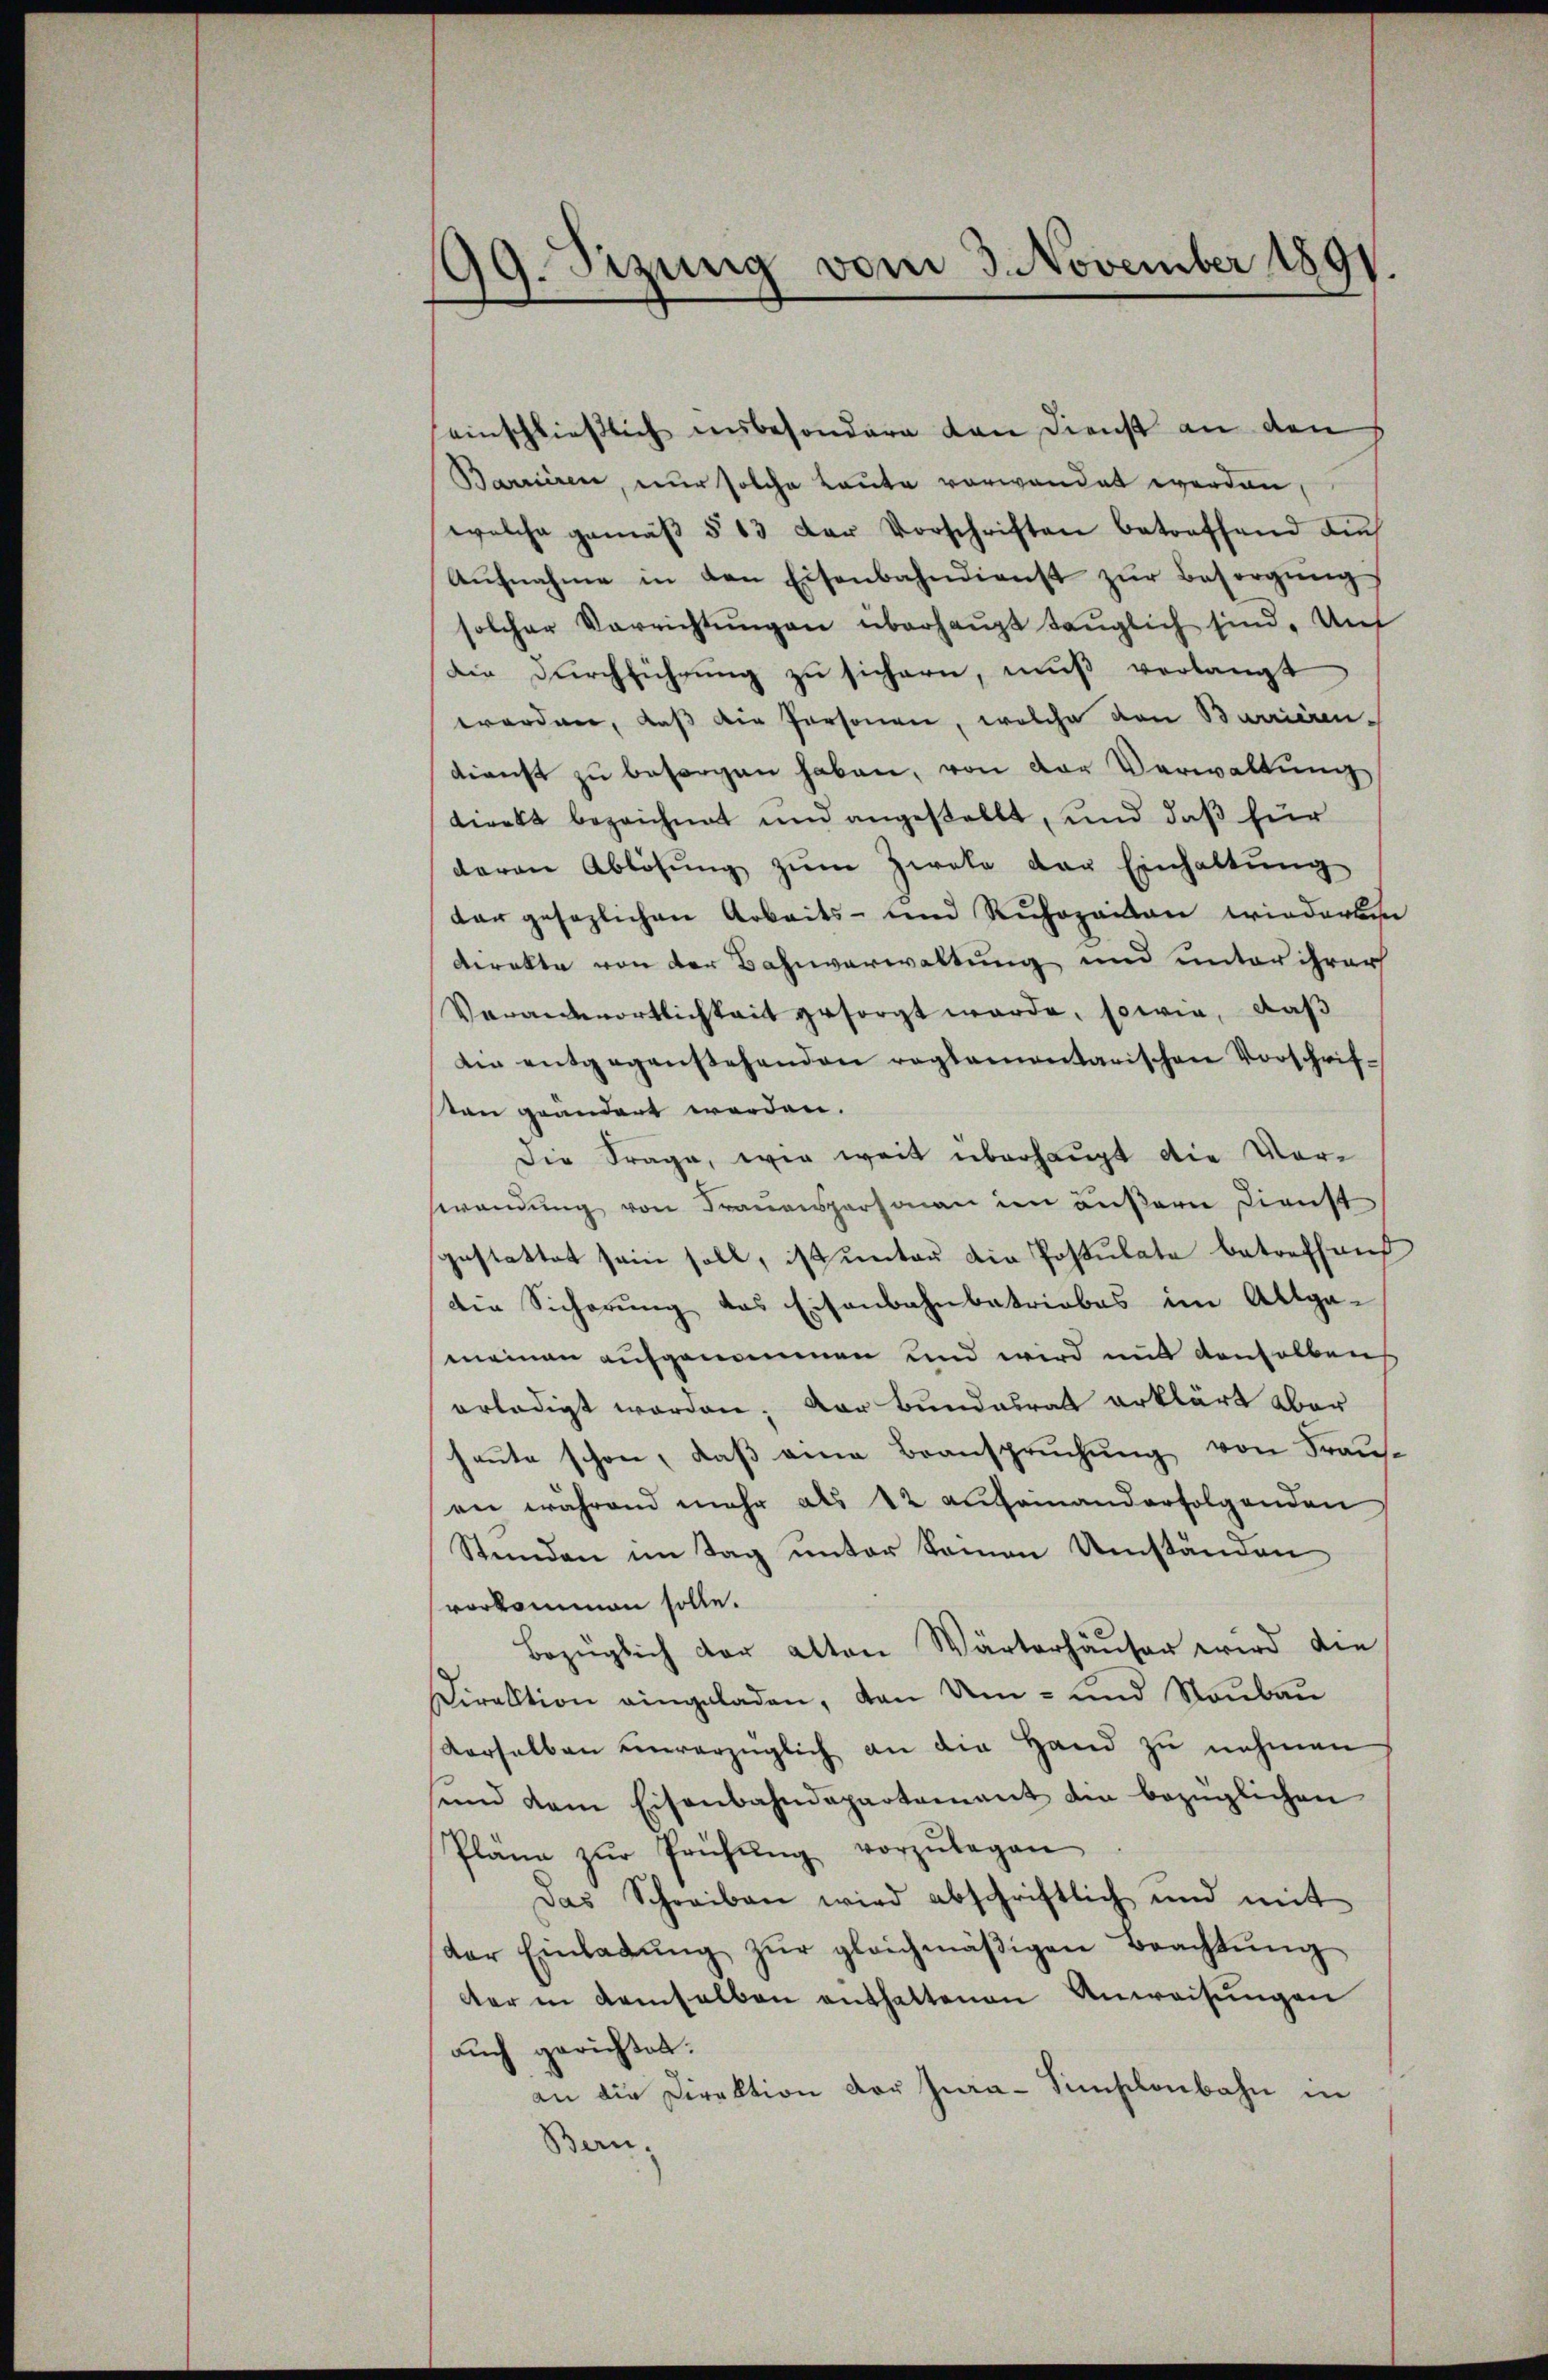
99. Sizung vom 3. November 1891.

einschließlich insbesondere von Dienst an den h
Barrieren, nur solche Baute verwendet werden
welche gemäβ § 13 der Vorschriften betreffend die
Aŭfnahme in den Eisenbahndienst zŭr Besorgŭng
solcher Verrichtŭngen überhaŭpt taŭglich sind. Auf
Die Durchführung zu sichern, muß verlangt
erordnen, dass die Personen, welche von Barican-
dienst zu besorgen haben, von der Verwaltung
direkt bezeichnet und angestellt, und daß für
deren Ablösung zŭm Zwete der Einhaltŭng
dar gesezlichen Arbeits- und Ruhopaison wiederben
Direkte von der Bahnverwaltung und unter ihrer
Verantwortlichkeit gesorgt werde, sowie, daß
Die entgegenstehenden reglementarischen Vorschrif-
ton geändert werden.
Die Frage, wie weit überhaupt die Vorswendung von Frauenspersonen im äußern Dienst
gestattet sein soll, ist unter die Postulate betreffend
die Sicherung des Eisenbahnbetriebes im Altga-
meinen aufgenommen und wird mit denselben
erledigt worden; Der Bundesrat erklärt aber
heute schon, daß eine Beanspruchung von Frausen während mehr als 12 aufeinanderfolgenden
Stunden im Tag unter kamen Umständen
vorkommen solle.
Bezüglich der alten Wärterhäŭser wird die
Direktion eingeladen, von Um- und Neubau
derselben unverzüglich an die Hand zŭ nehmen
ŭnd dem Eisenbahndepartement die bezüglichen
Plane zŭr Prüfŭng vorzŭlegen
Das Schreiben wird abschriftlich und mit
der Einladŭng zŭr gleichmäβigen Beachtŭng
dter in demselben enthaltenen Anweisŭngen
auch gerichtet.
an die Direktion der Jura-Simplonbahn in
Bern,